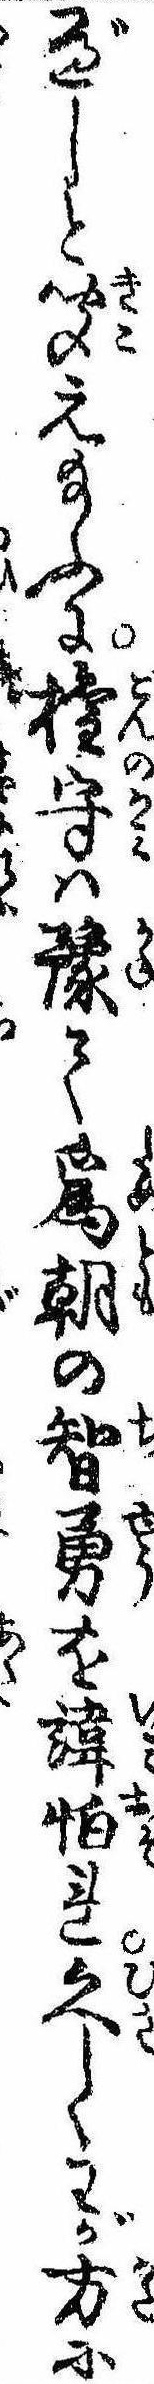
べしと聞え給ふに権守は予て為朝の智勇を諱怕れ久しくわが方に